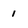
Character: 1